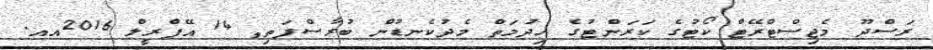
ރަސްދޫ މެޖިސްޓްރޭޓް ކޯޓުގެ ކަރަންޓުގެ ޚިދުމަތް މެދުކެނޑުން ބުރާސްފަތި